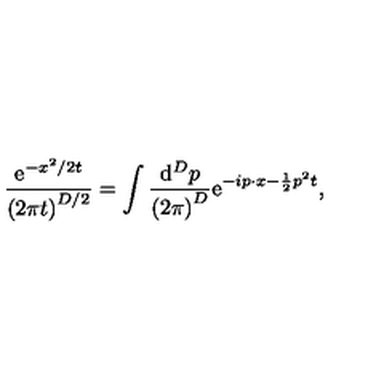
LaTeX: \frac { \mathrm { e } ^ { - x ^ { 2 } / 2 t } } { \left( 2 \pi t \right) ^ { D / 2 } } = \int \frac { \mathrm { d } ^ { D } p } { \left( 2 \pi \right) ^ { D } } \mathrm { e } ^ { - i p \cdot x - \frac 1 2 p ^ { 2 } t } ,